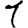
Digit: 1